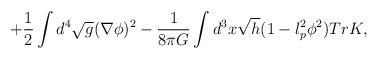
\begin{align*}+\frac{1}{2}\int d^4 \sqrt{g}(\nabla\phi)^2-\frac{1}{8\pi G}\int d^3 x\sqrt{h}(1-l_p^2\phi^2)TrK ,\end{align*}